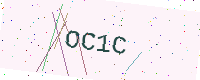
Text: OC1C